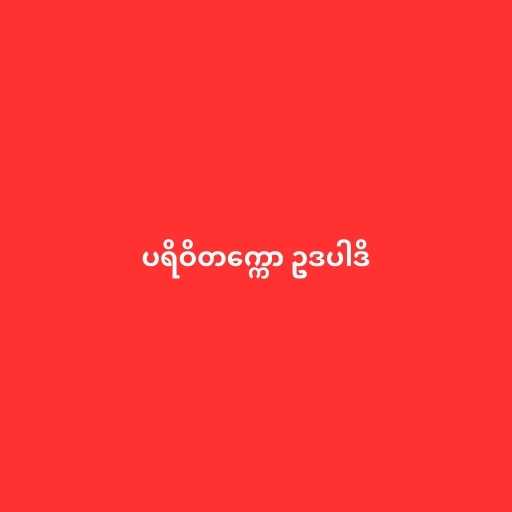
ပရိဝိတက္ကော ဥဒပါဒိ